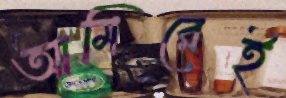
আমিরেই